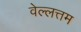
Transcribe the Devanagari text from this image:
वेल्लत्तम